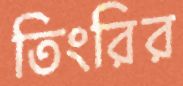
তিংরির